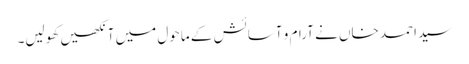
سید احمد خاں نے آرام و آسائش کے ماحول میں آنکھیں کھولیں۔